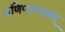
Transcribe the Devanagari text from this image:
मणिपल्लवम्